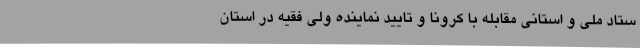
ستاد ملی و استانی مقابله با کرونا و تایید نماینده ولی فقیه در استان